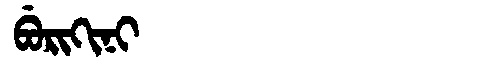
Manchu: ᠪᡠᡵᡳᡴᡳᠨᡳ
Romanization: BURIKINI